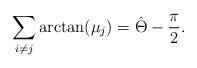
LaTeX: \begin{align*}\sum_{i\ne j} \arctan(\mu_{j}) = \hat{\Theta}- \frac{\pi}{2}.\end{align*}